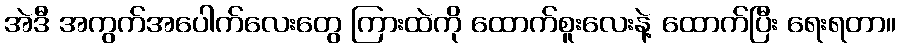
အဲဒီ အကွက်အပေါက်လေးတွေ ကြားထဲကို ထောက်စူးလေးနဲ့ ထောက်ပြီး ရေးရတာ။